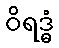
ဝိရဒ္ဓံ